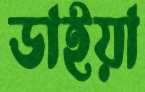
ডাইয়া